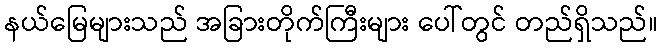
နယ်မြေများသည် အခြားတိုက်ကြီးများ ပေါ်တွင် တည်ရှိသည်။